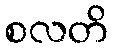
စလတိ